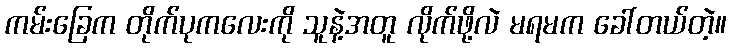
ကမ်းခြေက တိုက်ပုကလေးကို သူနဲ့အတူ လိုက်ဖို့လဲ မရမက ခေါ်တယ်တဲ့။